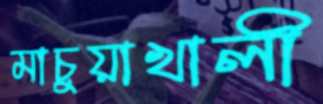
মাচুয়াখালী